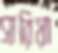
সারিয়া